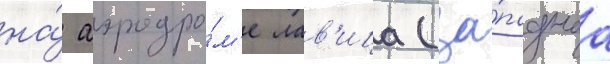
на́ аэродро́м'е лав'ица (за́паднаа